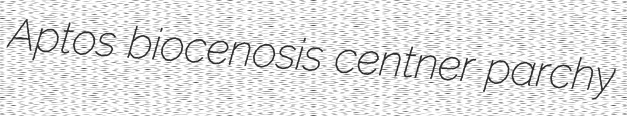
Aptos biocenosis centner parchy